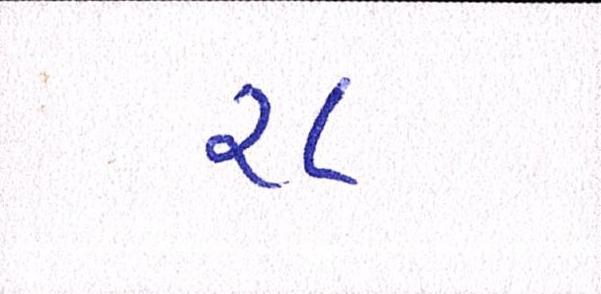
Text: ૨૮